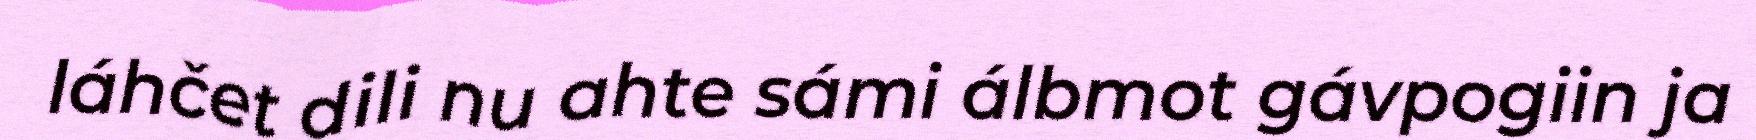
láhčet dili nu ahte sámi álbmot gávpogiin ja